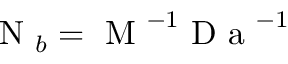
\mathrm { ~ N ~ } _ { b } = \mathrm { ~ M ~ } ^ { - 1 } \mathrm { ~ D ~ a ~ } ^ { - 1 }